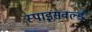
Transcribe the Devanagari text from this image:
स्पाइसवर्ल्ड